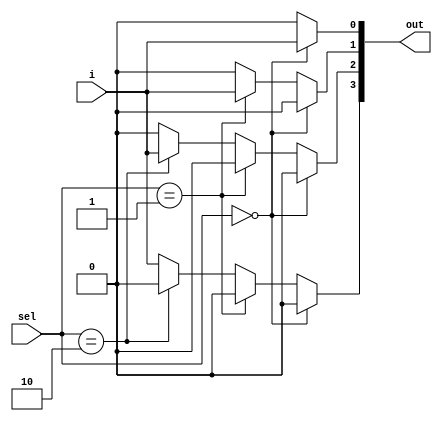
//if~else  1x4 dmux  

module dmux(i, sel, out);
	input		i; 
	input	[1:0]	sel; 
	output	[3:0]	out;

	reg	[3:0]	out;

	always @ (sel or i) 
	begin : dMUX
	 if ( sel == 2'b00 )
		begin
		out[0] = i;
                        out[1] = 1'b0;
                        out[2] = 1'b0;
                        out[3] = 1'b0;
                        end   
	else if ( sel == 2'b01 )	     
		begin
		out[0] = 1'b0;
                        out[1] = i;
                        out[2] = 1'b0;
                        out[3] = 1'b0;
                        end   
	 else if ( sel == 2'b10 )
		begin
		out[0] = 1'b0;
                        out[1] = 1'b0;
                        out[2] = i;
                        out[3] = 1'b0;
                        end   
	else
		begin
		out[0] = 1'b0;
                        out[1] = 1'b0;
                        out[2] = 1'b0;
                        out[3] = i;
                        end   
            end
endmodule